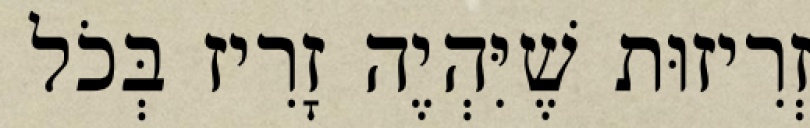
זְרִיזוּת שֶׁיִּהְיֶה זָרִיז בְּכֹל